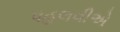
પહલવીએ